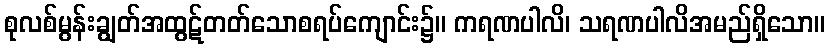
စုလစ်မွန်းချွတ်အထွဋ်တတ်သောစရပ်ကျောင်း၌။ ကရဏပါလိ၊ သရဏပါလိအမည်ရှိသော။